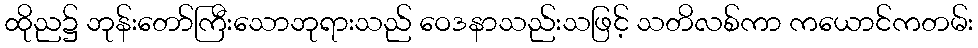
ထိုည၌ ဘုန်းတော်ကြီးသောဘုရားသည် ဝေဒနာသည်းသဖြင့် သတိလစ်ကာ ကယောင်ကတမ်း